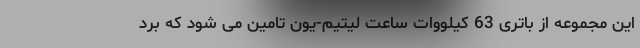
این مجموعه از باتری 63 کیلووات ساعت لیتیم-یون تامین می شود که برد